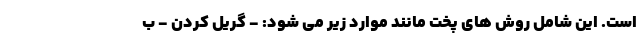
است. این شامل روش های پخت مانند موارد زیر می شود: - گریل کردن - ب